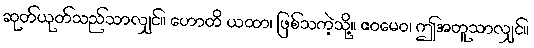
ဆုတ်ယုတ်သည်သာလျှင်။ ဟောတိ ယထာ၊ ဖြစ်သကဲ့သို့။ ဧဝမေဝ၊ ဤအတူသာလျှင်။